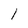
Character: 1